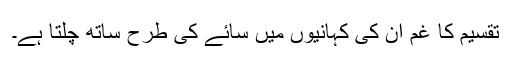
تقسیم کا غم ان کی کہانیوں میں سائے کی طرح ساتھ چلتا ہے۔